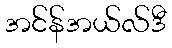
အင်န်အယ်လ်ဒီ